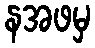
နအဖမှ